Lunatic asylums United Provinces 1899-1908 - 1899-1908
Year: 1899
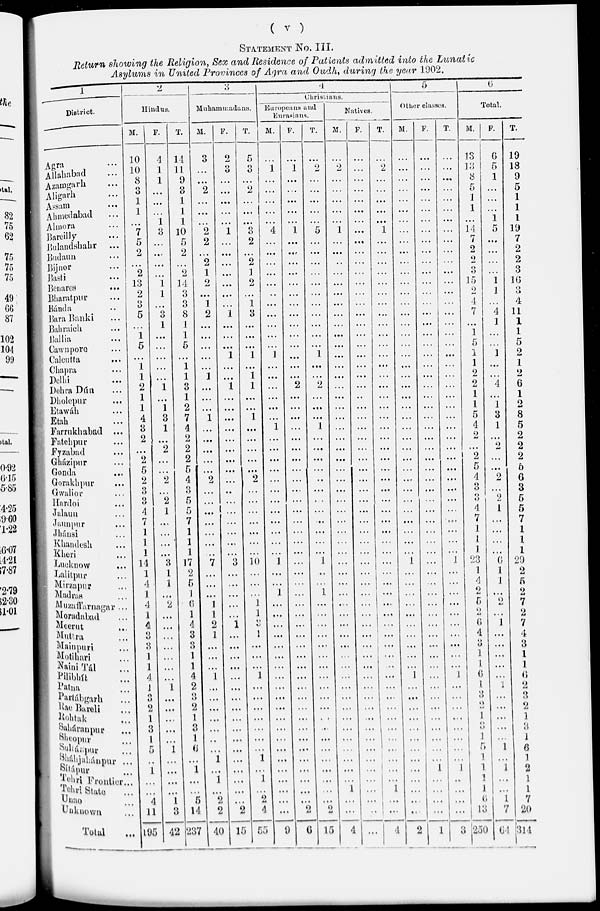
( v )
STATEMENT No. III.
Return showing the Religion, Sex and Residence of Patients admitted into the Lunatic
Asylums in United Provinces of Agra and Oudh during the year 1902.
1
District.
Agra
...
Allahabad ...
Azamgarh ...
Aligarh
...
Assam
...
Ahmedabad ...
Almora ...
Bareilly ...
Bulandshahr ...
Budaun ...
Bijnor ...
Basti ...
Benares
...
Bharatpur ...
Bánda
Bara Banki ...
Bahraich ...
Ballia
Cawnpore
Calcutta
...
Chapra
Delhi
Dehra Dún ...
Dholepur ...
Etawáh ...
Etah
Farrukhabad
...
Fatehpur ...
Fyzabad ...
Gházipur ...
Gondii
Gorakhpur ...
Gwalior ...
Hardoi ...
Jalaun ...
Jaunpur ...
Jháusi ...
Khandesh ...
Kheri ...
Lucknow ...
Lalitpur ...
Mirzapur ...
Madras ...
Muzaffarnagar ...
Moradabad
...
Meerut ...
Muttra
...
Mainpuri ...
Motihari ...
Naini Tál ...
Pilibhít
...
Patna ...
Partábgarh ...
Rae Bareli ...
Rohtak ...
Saháranpur
...
Sheopur ...
Sahánpur
...
Sháhjahánpur
...
Sítápur ...
Tehri Frontier ...
Tehri State ...
Unao ...
Unknown ...
Total
...
2
Hindus.
M.
10
10
8
3
1
1
...
7
5
2
...
2
13
2
3
5
...
1
5
...
1
1
2
1
1
4
3
2
...
2
5
2
3
3
4
7
1
1
1
14
1
4
1
4
1
4
3
3
1
1
4
1
...
2
1
3
1
5
...
1
...
...
4
11
195
F.
4
1
1
...
...
...
1
3
...
...
...
...
1
1
...
3
1
...
...
...
...
...
1
...
1
3
1
...
2
...
......
2
...
2
1
...
...
...
...
3
1
1
...
2
...
...
...
...
...
...
...
1
...
...
...
...
1
...
...
...
...
1
3
42
T.
14
11
9
3
1
1
1
10
5
2
...
2
14
3
3
8
1
1
5
...
1
1
3
1
2
7
4
2
2
2
5
4
3
5
5
7
1
1
1
17
2
5
1
6
1
4
3
3
1
1
4
2
...
2
1
3
1
6
...
1
...
...
5
14
237
3
Muhammadans.
M.
3
...
...
2
...
...
...
2
2
...
2
1
2
...
1
2
...
...
...
...
...
1
...
...
...
1
...
...
...
...
...
2
...
...
...
...
...
...
...
7
...
...
...
1
1
2
1
...
...
...
1
...
...
...
...
...
...
...
1
...
1
...
2
2
40
F.
2
3
...
...
...
...
...
1
...
...
...
...
...
...
...
1
...
...
...
1
...
...
1
...
...
...
...
...
...
...
...
...
...
...
...
...
...
...
...
...
...
...
...
...
...
1
...
...
...
...
...
...
...
...
...
...
...
...
...
...
...
...
2
15
T.
5
3
...
2
...
...
...
3
2
...
2
1
2
...
1
3
...
...
...
1
...
1
1
...
...
1
...
...
...
...
...
2
...
...
...
...
...
...
...
10
...
...
...
1
1
3
1
...
...
...
1
...
...
...
...
...
...
...
1
...
1
...
2
4
55
4
Christians.
Europeans and
Eurasians.
M.
...
1
...
...
...
...
...
4
...
...
...
...
...
...
...
...
...
...
...
1
...
...
...
...
...
...
1
...
...
...
...
...
...
...
...
...
...
...
1
...
...
1
...
...
...
...
...
...
...
...
...
...
...
...
...
...
...
...
...
...
...
...
...
9
F.
...
1
...
...
...
...
...
1
...
...
...
...
...
...
...
...
...
...
...
...
...
...
2
...
...
...
...
...
...
...
...
...
...
...
...
...
...
...
...
...
...
...
...
...
...
...
...
...
...
...
...
...
...
...
...
...
...
...
...
...
...
...
2
6
T.
...
2
...
...
...
...
...
5
...
...
...
...
...
...
...
...
...
...
1
...
2
...
...
...
1
...
...
...
...
...
...
...
...
...
...
...
...
1
...
...
1
...
...
...
...
...
...
...
...
...
...
...
...
...
...
...
...
...
...
...
...
...
15
Natives.
M.
...
2
...
...
...
...
...
1
...
...
..
...
...
...
...
...
...
...
...
...
...
...
...
...
...
...
...
...
...
...
...
...
...
...
...
...
...
...
...
...
...
...
...
...
...
...
...
...
...
...
...
...
...
...
...
...
...
...
...
1
...
...
4
F.
...
...
...
...
...
...
...
...
...
...
...
...
...
...
...
...
...
...
...
...
...
...
...
...
...
...
...
...
...
...
...
...
...
...
...
...
...
...
...
...
...
...
...
...
...
...
...
...
...
...
...
...
...
...
...
...
...
...
...
...
...
...
...
...
T.
...
2
...
...
...
...
...
1
...
...
...
...
...
...
...
...
...
...
...
...
...
...
...
...
...
...
...
...
...
...
...
...
...
...
...
...
...
...
...
...
...
...
...
...
...
...
...
...
...
...
...
...
...
...
...
...
...
...
...
...
...
1
...
...
4
5
Other classes.
M.
...
...
...
...
...
...
...
...
...
...
...
...
...
...
...
...
...
...
...
...
...
...
...
...
...
...
...
...
...
...
...
...
...
...
...
...
...
...
...
1
...
...
...
...
...
...
...
...
...
...
1
...
...
...
...
...
...
...
...
...
...
...
...
...
2
F.
...
...
...
...
...
...
...
...
...
...
...
...
...
...
...
...
...
...
...
...
...
...
...
...
...
...
...
...
...
...
...
...
...
...
...
...
...
...
...
...
...
...
...
...
...
...
...
...
...
...
...
...
...
...
...
...
...
...
1
...
...
...
...
1
T.
...
...
...
...
...
...
...
...
...
...
...
...
...
...
...
...
...
...
...
...
...
...
...
...
...
...
...
...
...
...
...
...
...
...
...
...
...
...
1
...
...
...
...
...
...
...
...
...
...
1
...
...
...
...
...
...
...
...
1
...
...
...
...
3
6
Total.
M.
13
13
8
5
1
1
...
14
7
2
2
3
15
2
4
7
...
1
5
I
1
2
2
1
1
5
4
2
...
2
5
4
3
3
4
7
1
1
1
23
1
4
2
5
2
6
4
3
1
1
6
1
3
2
1
3
1
5
1
1
1
1
6
13
250
F.
6
5
1
...
...
...
1 5
...
...
...
...
1
1
...
4
1
...
...
1
...
...
4
...
1
3
1
...
2
...
...
2
...
2
1
...
...
...
...
6
1
1
...
2
...
1
...
...
...
...
...
1
...
...
...
...
...
1
...
1
...
...
1
7
64
T.
19
18
9
5
1
1
1
19
7
2
2
3
16
3
4
11
1
1
5
2
1
2
6
1
2
8
5
2
2
2
5
6
3
5
5
7
1
1
1
29
2
5
2
7
2
7
4
3
1
1
6
2
3
2
1
3
1
6
1
2
1
1
7
20
314